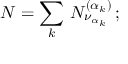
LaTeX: { \cal N } = \sum _ { k } \, N _ { \nu _ { \alpha _ { k } } } ^ { ( \alpha _ { k } ) } \, ;